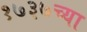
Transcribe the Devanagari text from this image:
१७३७च्या